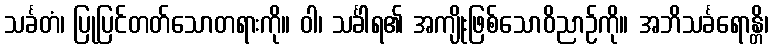
သင်္ခတံ၊ ပြုပြင်တတ်သောတရားကို။ ဝါ၊ သင်္ခါရ၏ အကျိုးဖြစ်သောဝိညာဉ်ကို။ အဘိသင်္ခရောန္တိ၊